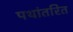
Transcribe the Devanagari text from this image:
पथांतरित